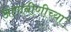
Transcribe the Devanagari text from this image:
आणबीणीच्या